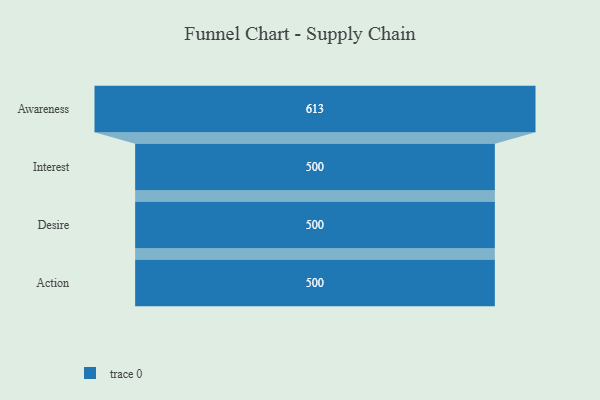
{"axis": {"x": "Stage", "y": "Value"}, "legend": [""], "data": [{"x": "Awareness", "y": 613.0, "type": ""}, {"x": "Interest", "y": 500, "type": ""}, {"x": "Desire", "y": 500, "type": ""}, {"x": "Action", "y": 500, "type": ""}]}